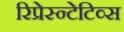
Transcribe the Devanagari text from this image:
रिप्रेस्न्टेटिव्स